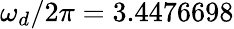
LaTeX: \omega_{d}/2\pi=3.4476698